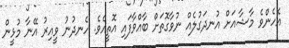
އެހެންވެ މާޝާއަށް އުނދަގުލެއް ނުވާގޮތަށް ބާއްވާފައި އޮތީއެވެ. ހެނދުނު ވީއިރު އޭނާ މުޅީން